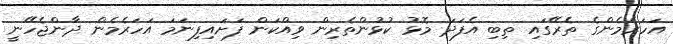
އަހަރެމެންގެ ތެރޭގައި ތިބި އެފަދަ މޮޅު ކުޅުންތެރިން ވިއްކަން ފަށައިފިނަމަ އަހަރެމެން ދާންޖެހޭނީ